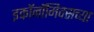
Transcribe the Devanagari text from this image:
इकॉनॉमिक्सच्या